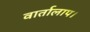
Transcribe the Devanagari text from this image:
वार्तालाप।